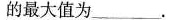
最大值为___。